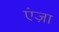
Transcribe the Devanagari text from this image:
एंज़ा